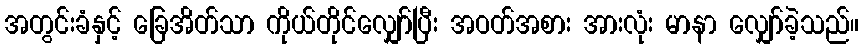
အတွင်းခံနှင့် ခြေအိတ်သာ ကိုယ်တိုင်လျှော်ပြီး အဝတ်အစား အားလုံး မာနာ လျှော်ခဲ့သည်။